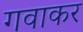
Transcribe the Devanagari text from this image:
गवाकर